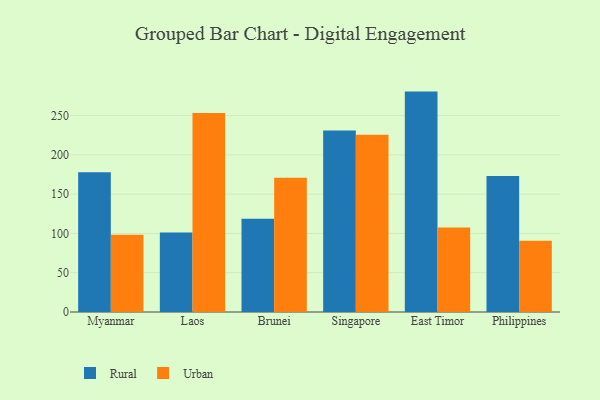
{"axis": {"x": "Country", "y": "Production Output"}, "legend": ["Rural", "Urban"], "data": [{"x": "Myanmar", "y": 178.0, "type": "Rural"}, {"x": "Myanmar", "y": 98.4, "type": "Urban"}, {"x": "Laos", "y": 101.1, "type": "Rural"}, {"x": "Laos", "y": 253.5, "type": "Urban"}, {"x": "Brunei", "y": 118.6, "type": "Rural"}, {"x": "Brunei", "y": 170.9, "type": "Urban"}, {"x": "Singapore", "y": 231.0, "type": "Rural"}, {"x": "Singapore", "y": 225.6, "type": "Urban"}, {"x": "East Timor", "y": 280.6, "type": "Rural"}, {"x": "East Timor", "y": 107.5, "type": "Urban"}, {"x": "Philippines", "y": 173.1, "type": "Rural"}, {"x": "Philippines", "y": 90.8, "type": "Urban"}]}